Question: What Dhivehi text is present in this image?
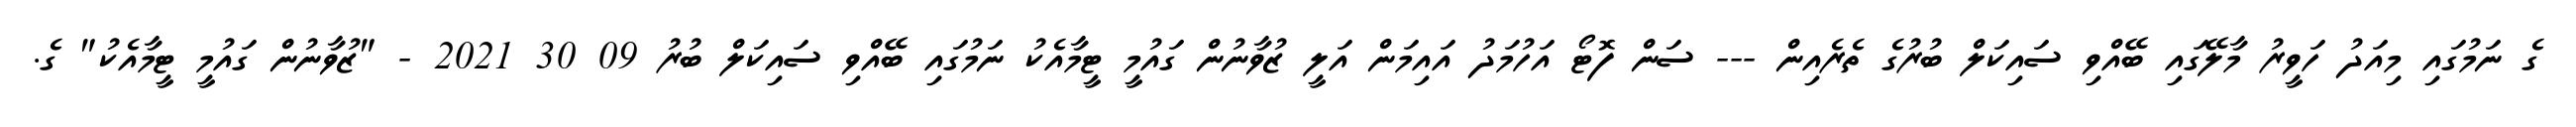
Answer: ގެ ނަމުގައި މިއަދު ހަވީރު މާލޭގައި ބޭއްވި ސައިކަލް ބުރުގެ ތެރެއިން --- ސަން ފޮޓޯ އަހުމަދު އައިމަން އަލީ ޒުވާނުން ގައުމީ ޓީމާއެކު ނަމުގައި ބޭއްވި ސައިކަލް ބުރު 09 30 2021 - "ޒުވާނުން ގައުމީ ޓީމާއެކު" ގެ.